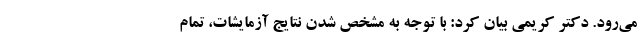
می‌رود. دکتر کریمی بیان کرد: با توجه به مشخص شدن نتایج آزمایشات، تمام